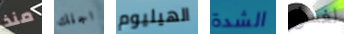
منذ اجلك الهيليوم الشدة لغسل